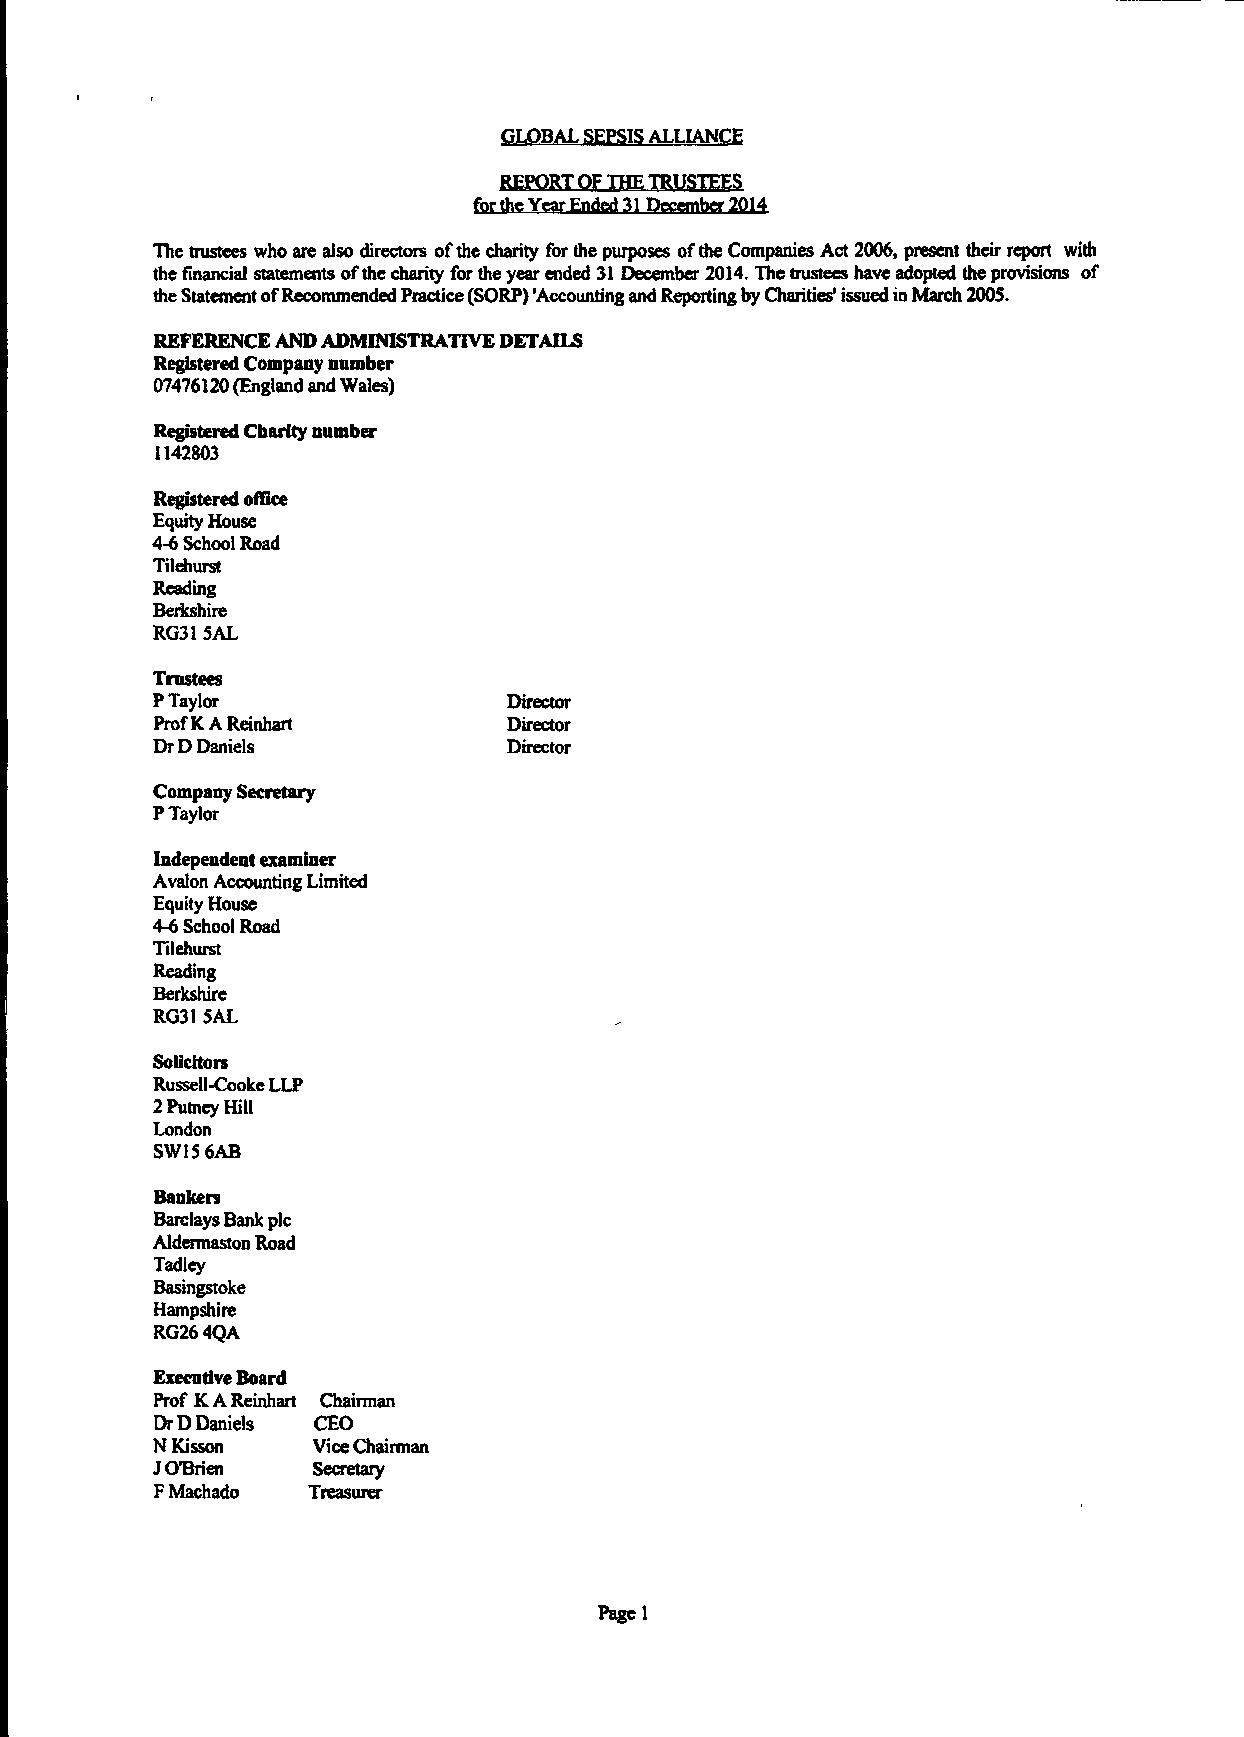
GLOBAL SEPSIS ALLIANCE
 REPORT OF THE TRUSTEES
 for the Year Ended 31 December 2014
 The tnistees who are also directors of the charity for the purposes of the Companies Act 2006, present their report with
 the financial statements of the charity for the year ended 31 December 2014. The trustees have adopted the provisions of
 the Statement of Recommended Practice (SORP) 'Accounting and Reporting by Charities' issued in March 2005.
 REFERENCE AND ADMINISTRATIVE DETAILS
 Registered Company number
 07476120 (England and Wales)
 Registered Charity number
 1142803
 Registered office
 Equity House
 4-6 School Road
 Tilehurst
 Reading
 Berkshire
 RG31 5AL
 Tnistees
 P Taylor                Director
 Prof K A Reinhart       Director
 DrD Daniels             Director
 Company Secretary
 P Taylor
 Independent examiner
 Avalon Accounting Limited
 Equity House
 4-6 School Road
 Tilehurst
 Reading
 Berkshire
 RG31 5AL
 Solicitors
 Russell-Cooke LLP
 2 Putney Hill
 London
 SW1S6AB
 Bankers
 Barclays Bank plc
 Aldermaston Road
 Tadley
 Basingstoke
 Hampshire
 RG26 4QA
 Executive Board
 Prof K A Reinhart Chainnan
 DrD Daniels CEO
 N Kisson   Vice Chairman
 J O'Brien  Secretary
 F Machado Treasurer
 Pagel